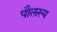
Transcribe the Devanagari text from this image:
पौलस्य